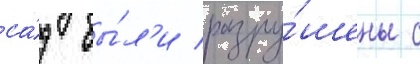
са́д бы́л'и разру́шены с